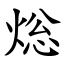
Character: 焧